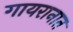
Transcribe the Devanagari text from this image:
गायरानात